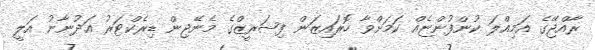
ރާއްޖޭގެ އަމިއްލަ ކުންފުންޏެއް ކަމަށްވާ ހޮރައިޒަން ފިޝަރީޒްގެ މެނޭޖިން ޑިރެކްޓަރު އަދުނާނު އަލީ